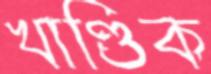
খাণ্ডিক